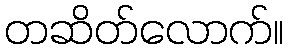
တဆိတ်လောက်။